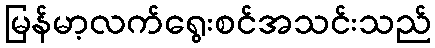
မြန်မာ့လက်ရွေးစင်အသင်းသည်